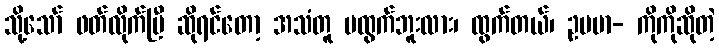
သို့သော် ဖတ်လိုက်ပြီ ဆိုရင်တော့ အသံတူ မထွက်ဘူးလား၊ ထွက်တယ်၊ ဥပမာ- ကိုကိုဆိုတဲ့